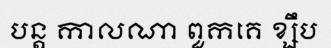
បន្ត កាលណា ពួកគេ ខ្សឹប